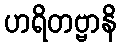
ဟရိတဗ္ဗာနိ